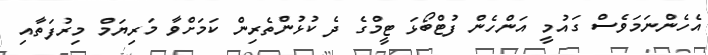
އެހެންނަމަވެސް ގައުމީ އަންހެން ފުޓްބޯޅަ ޓީމްގެ ދެ ކުޅުންތެރިން ކަމަށްވާ މަރިޔަމް މިރުފަތާއި